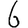
Digit: 6